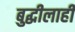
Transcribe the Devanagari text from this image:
बुद्धीलाही